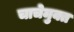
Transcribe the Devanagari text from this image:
चाचेमुक्त